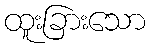
ထူးခြားသော